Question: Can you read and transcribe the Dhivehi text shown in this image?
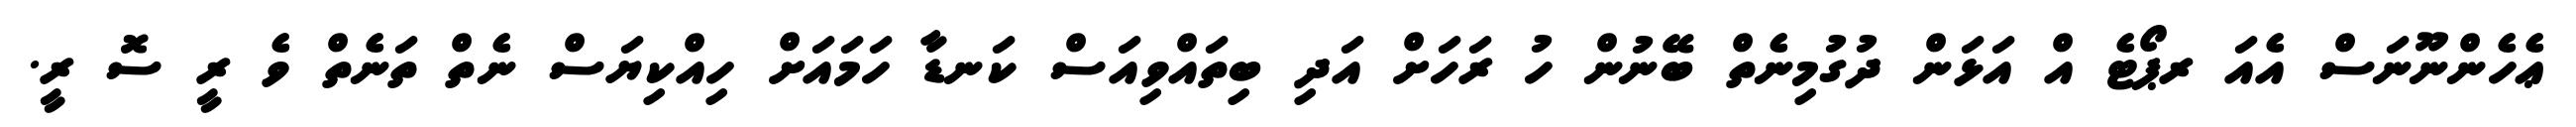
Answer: ޢެހެންނޫނަސް އެއަ ރޕޯޓެ އް އަޅަން ދުގުމިނެތް ބޭނުން ހު ރަހަށް އަދި ބިތައްވިއަސް ކަނޑާ ހަމައަށް ހިއްކިޔަސް ނެތް ތަނެތް ވެ ރީ ސޮ ރީ.